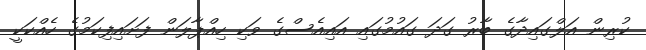
ކުރިން އަލްގައިދާގެ ބާރު ގަދަ ގައުމުގައި އައިއެސްގެ ވަކި ހިއްޕާލަން ފަށައިފިކަމުގެ ހެއްކަކީ